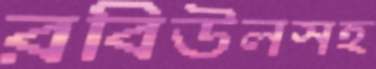
রবিউলসহ